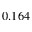
0 . 1 6 4